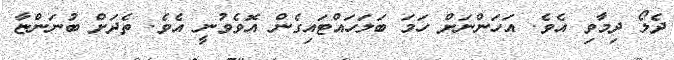
ދެލޯ ދިމާވި އެވެ. އަހަންނަށް ހަމަ ބަލަހައްޓައިގެން އޮވެވުނީ އެވެ. ތެދަށް ބުނަންޏާ